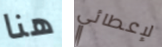
هنا لإعطائي